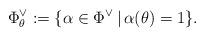
LaTeX: \begin{align*}\Phi_\theta^\vee:=\{\alpha \in \Phi^\vee \, | \, \alpha(\theta)=1\}.\end{align*}